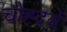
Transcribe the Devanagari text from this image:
चोह्दवें